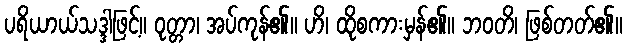
ပရိယာယ်သဒ္ဒါဖြင့်။ ဝုတ္တာ၊ အပ်ကုန်၏။ ဟိ၊ ထိုစကားမှန်၏။ ဘဝတိ၊ ဖြစ်တတ်၏။